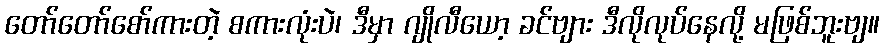
တော်တော်စော်ကားတဲ့ စကားလုံးပဲ၊ ဒီမှာ ဂျိုလီယော့ ခင်ဗျား ဒီလိုလုပ်နေလို့ မဖြစ်ဘူးဗျ။